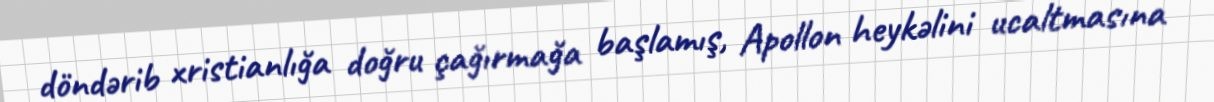
döndərib xristianlığa doğru çağırmağa başlamış, Apollon heykəlini ucaltmasına